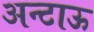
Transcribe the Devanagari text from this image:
अन्टाऊ